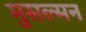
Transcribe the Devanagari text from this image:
मुसल्मन